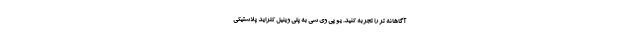
آگاهانه تر را تجربه کنید. یو پی وی سی به پلی وینیل کلراید پلاستیکی